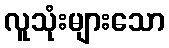
လူသုံးများသော